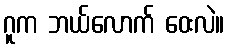
ဂူက ဘယ်လောက် ဝေးလဲ။